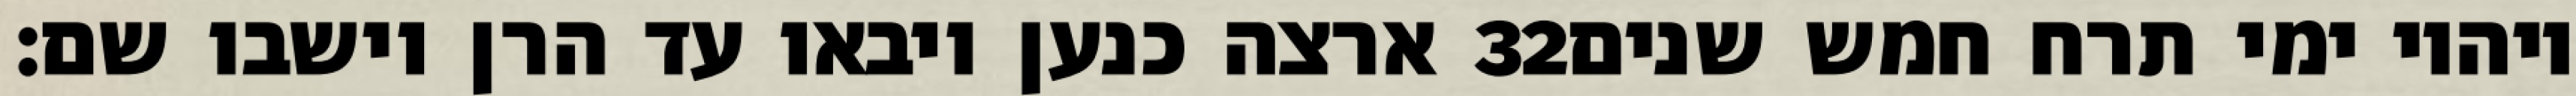
ארצה כנען ויבאו עד הרן וישבו שם׃ ‎32‏ ויהיו ימי תרח חמש שנים